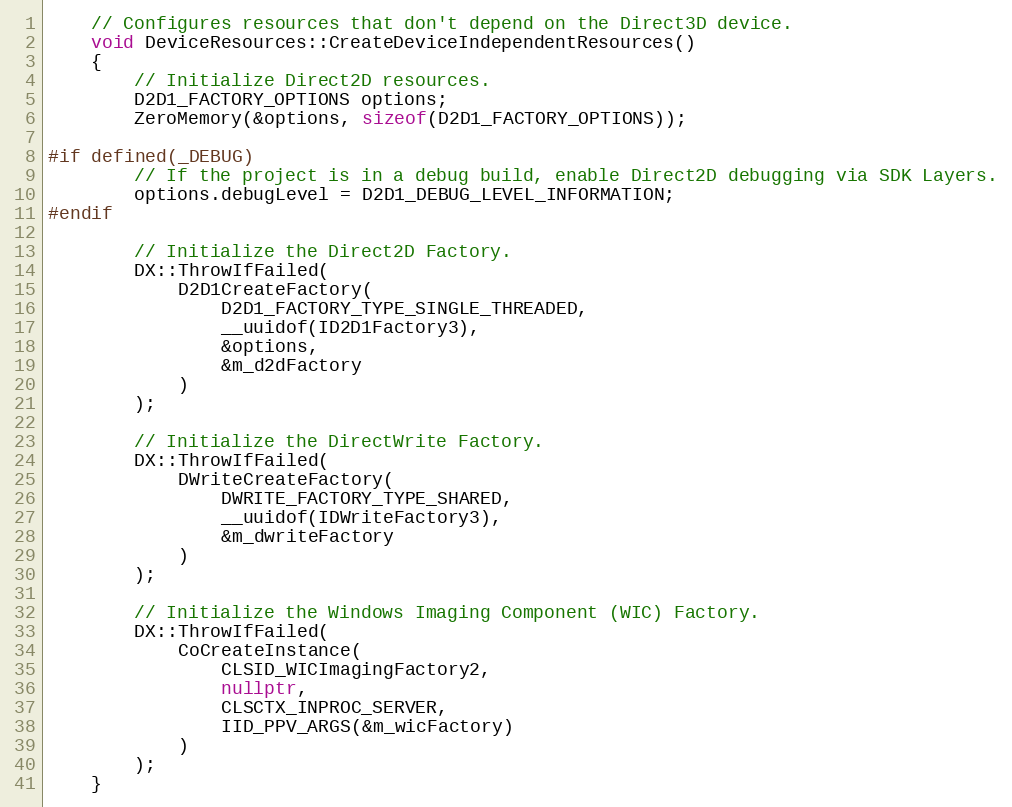
Language: C++
    // Configures resources that don't depend on the Direct3D device.
    void DeviceResources::CreateDeviceIndependentResources()
    {
        // Initialize Direct2D resources.
        D2D1_FACTORY_OPTIONS options;
        ZeroMemory(&options, sizeof(D2D1_FACTORY_OPTIONS));

#if defined(_DEBUG)
        // If the project is in a debug build, enable Direct2D debugging via SDK Layers.
        options.debugLevel = D2D1_DEBUG_LEVEL_INFORMATION;
#endif

        // Initialize the Direct2D Factory.
        DX::ThrowIfFailed(
            D2D1CreateFactory(
                D2D1_FACTORY_TYPE_SINGLE_THREADED,
                __uuidof(ID2D1Factory3),
                &options,
                &m_d2dFactory
            )
        );

        // Initialize the DirectWrite Factory.
        DX::ThrowIfFailed(
            DWriteCreateFactory(
                DWRITE_FACTORY_TYPE_SHARED,
                __uuidof(IDWriteFactory3),
                &m_dwriteFactory
            )
        );

        // Initialize the Windows Imaging Component (WIC) Factory.
        DX::ThrowIfFailed(
            CoCreateInstance(
                CLSID_WICImagingFactory2,
                nullptr,
                CLSCTX_INPROC_SERVER,
                IID_PPV_ARGS(&m_wicFactory)
            )
        );
    }